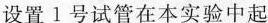
设置1号试管在本实验中起